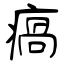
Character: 瘑